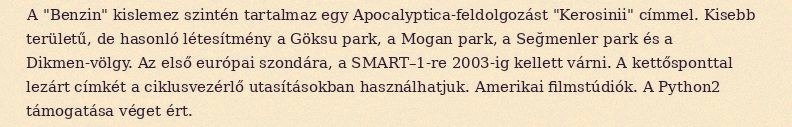
A "Benzin" kislemez szintén tartalmaz egy Apocalyptica-feldolgozást "Kerosinii" címmel. Kisebb területű, de hasonló létesítmény a Göksu park, a Mogan park, a Seğmenler park és a Dikmen-völgy. Az első európai szondára, a SMART–1-re 2003-ig kellett várni. A kettősponttal lezárt címkét a ciklusvezérlő utasításokban használhatjuk. Amerikai filmstúdiók. A Python2 támogatása véget ért.